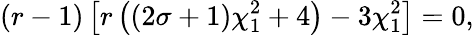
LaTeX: (r-1)\left[r\left((2\sigma+1)\chi_{1}^{2}+4\right)-3\chi_{1}^{2}\right]=0,